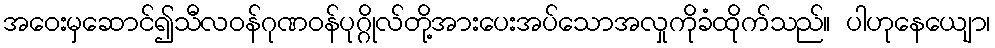
အဝေးမှဆောင်၍သီလဝန်ဂုဏဝန်ပုဂ္ဂိုလ်တို့အားပေးအပ်သောအလှုကိုခံထိုက်သည်။ ပါဟုနေယျော၊